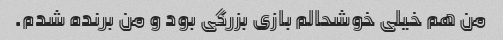
من هم خیلی خوشحالم بازی بزرگی بود و من برنده شدم.